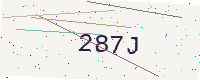
Text: 287J